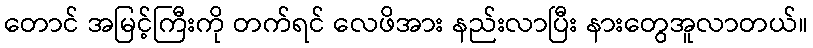
တောင် အမြင့်ကြီးကို တက်ရင် လေဖိအား နည်းလာပြီး နားတွေအူလာတယ်။